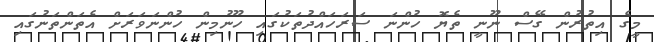
މީގެ އިތުރުން ގޭސް ނޫނީ ތެޔޮ ހުންނަ ސަރަހައްދުތަކުގައި ހޫނުމިން ހުންނަވަރަށް އެތަންތަނުގައި